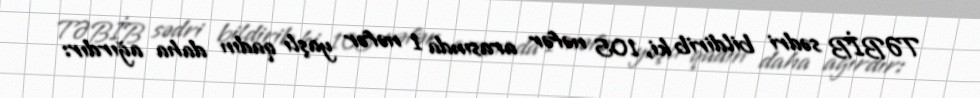
TƏBİB sədri bildirib ki, 105 nəfər arasında 1 nəfər yaşlı qadın daha ağırdır: